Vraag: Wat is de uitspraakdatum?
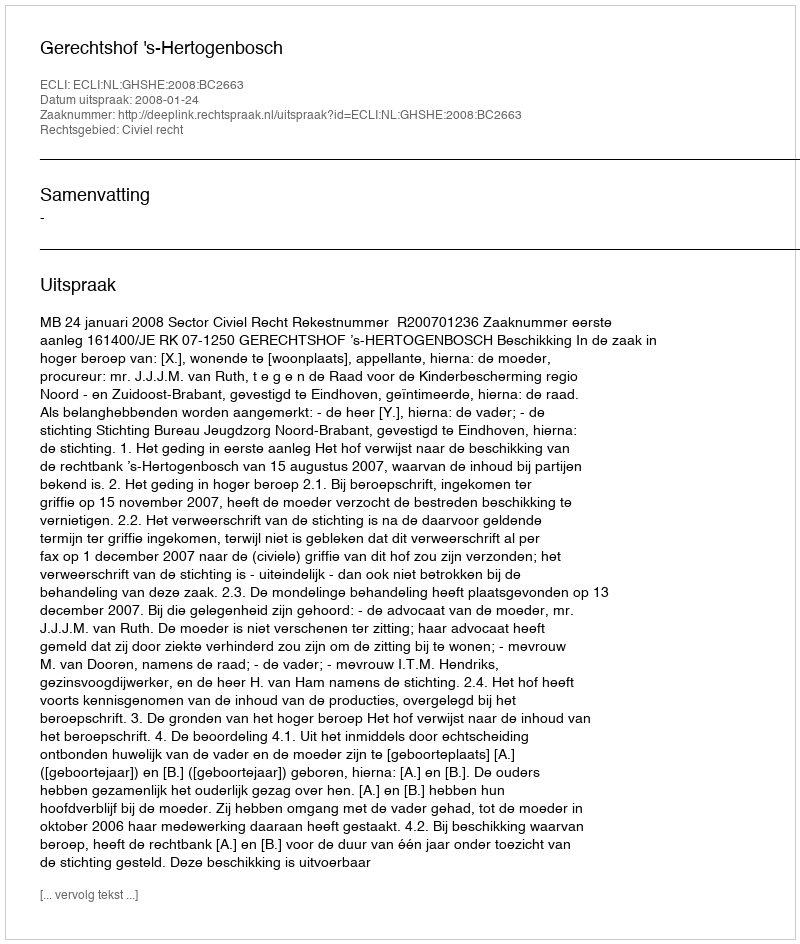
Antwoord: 2008-01-24